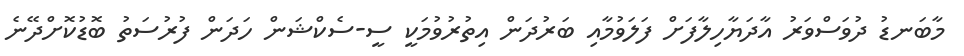
މާބަނޑު ދުވަސްވަރު އާދަޔާހިލާފަށް ފަލަވުމާއި ބަރުދަން އިތުރުވުމަކީ ސީ-ސެކްޝަން ހަދަން ފުރުސަތު ބޮޑުކޮށްދޭނެ